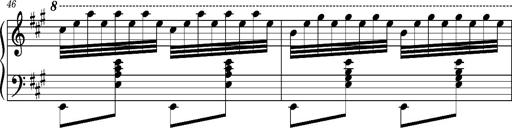
Title: Ungarischer Romanzero
Composer: Franz Liszt